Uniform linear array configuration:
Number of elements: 12
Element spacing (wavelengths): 0.75
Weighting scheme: binomial
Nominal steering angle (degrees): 45
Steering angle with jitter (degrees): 43.327
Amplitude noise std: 0.05
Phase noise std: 0.05

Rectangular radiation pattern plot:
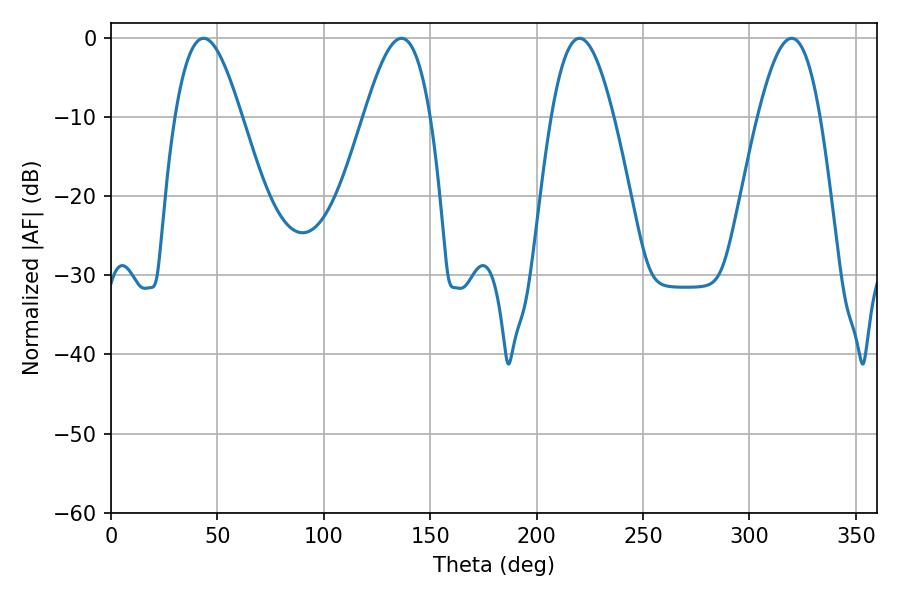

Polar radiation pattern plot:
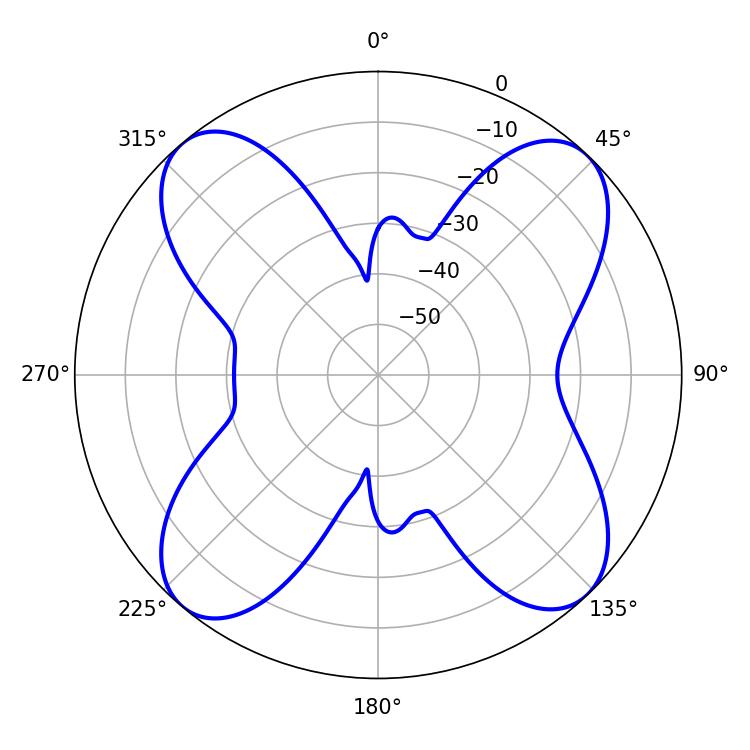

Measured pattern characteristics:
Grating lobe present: TRUE
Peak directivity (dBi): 15.141
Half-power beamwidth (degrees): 16.02
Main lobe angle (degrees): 220.14